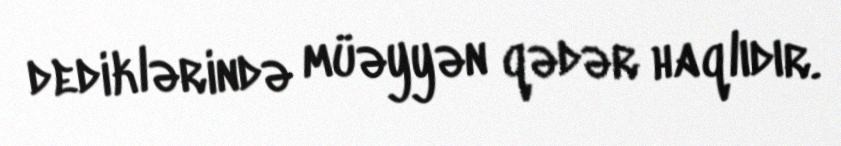
dediklərində müəyyən qədər haqlıdır.